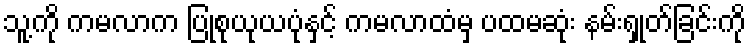
သူ့ကို ကမလာက ပြုစုယုယပုံနှင့် ကမလာထံမှ ပထမဆုံး နမ်းရှုတ်ခြင်းကို